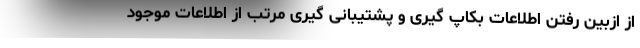
از ازبین رفتن اطلاعات بکاپ گیری و پشتیبانی گیری مرتب از اطلاعات موجود